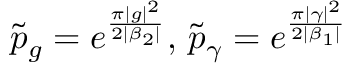
\tilde { p } _ { g } = e ^ { \frac { \pi | g | ^ { 2 } } { 2 | \beta _ { 2 } | } } , \, \tilde { p } _ { \gamma } = e ^ { \frac { \pi | \gamma | ^ { 2 } } { 2 | \beta _ { 1 } | } }